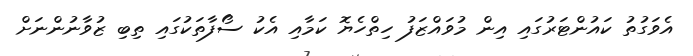
އެވަގުތު ކައުންޓަރުގައި އިން މުވައްޒަފު ހިތްހެޔޮ ކަމާއި އެކު ސޯފާތަކުގައި ތިބި ޒުވާނުންނަށް